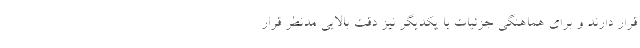
قرار دارند و برای هماهنگی جزئیات با یکدیگر نیز دقت بالایی مدنظر قرار